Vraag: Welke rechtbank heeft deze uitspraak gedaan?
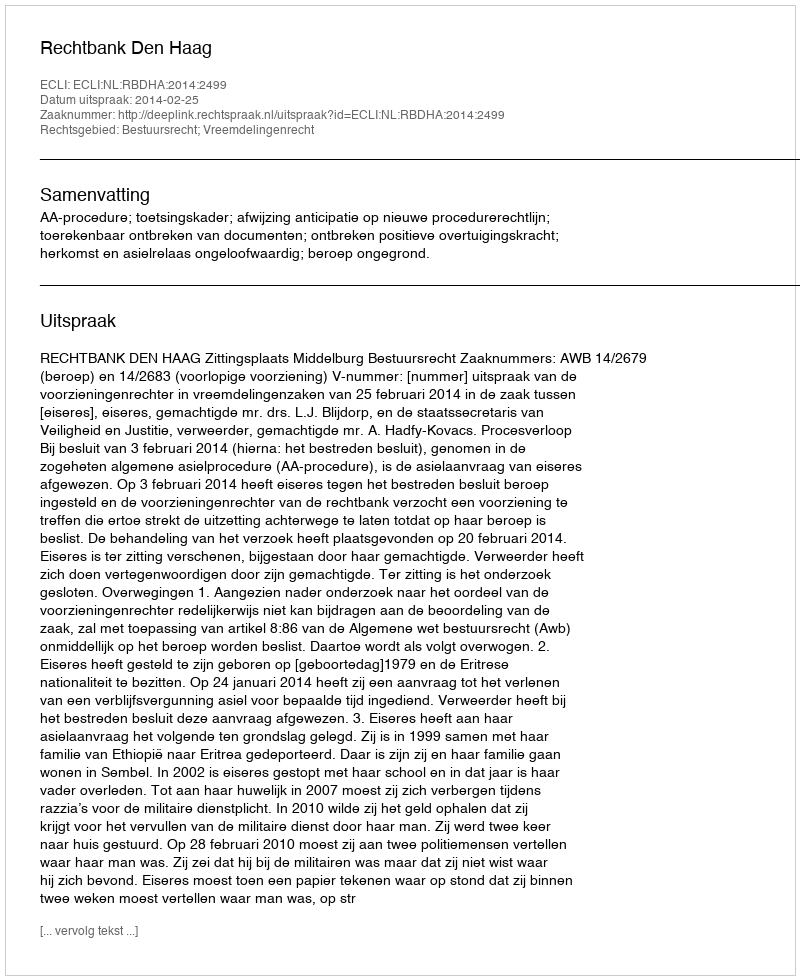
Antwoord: Rechtbank Den Haag